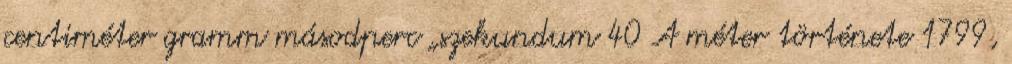
centiméter gramm másodperc „szekundum 40 A méter története 1799,